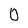
Character: 0